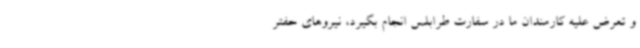
و تعرض علیه کارمندان ما در سفارت طرابلس انجام بگیرد، نیروهای حفتر